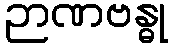
ဉာဏဗန္ဓု